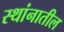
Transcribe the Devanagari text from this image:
स्थांनातील